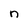
Character: n